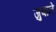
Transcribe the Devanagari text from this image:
जुबाने